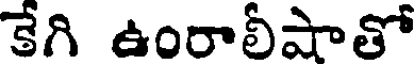
కేగి ఉంరాలీషాతో